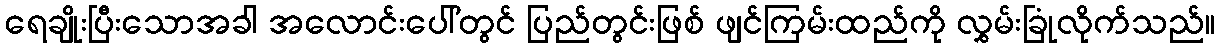
ရေချိုးပြီးသောအခါ အလောင်းပေါ်တွင် ပြည်တွင်းဖြစ် ဖျင်ကြမ်းထည်ကို လွှမ်းခြုံလိုက်သည်။